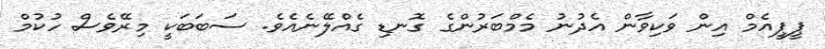
ޕީޕީއެމް އިން ވަކިވާން އެދުނު މެމްބަރުންގެ ގޮނޑި ގެއްލޭނެއެވެ. ސަބަބަކީ މިރޭވެސް ހުކުމް